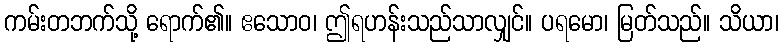
ကမ်းတဘက်သို့ ရောက်၏။ ဧသောဝ၊ ဤရဟန်းသည်သာလျှင်။ ပရမော၊ မြတ်သည်။ သိယာ၊